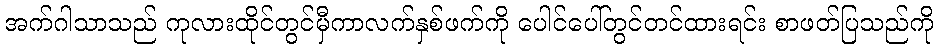
အက်ဂါသာသည် ကုလားထိုင်တွင်မှီကာလက်နှစ်ဖက်ကို ပေါင်ပေါ်တွင်တင်ထားရင်း စာဖတ်ပြသည်ကို